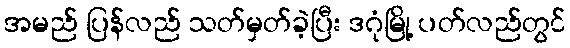
အမည် ပြန်လည် သတ်မှတ်ခဲ့ပြီး ဒဂုံမြို့ ပတ်လည်တွင်